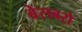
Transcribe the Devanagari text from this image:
बेसबरो